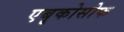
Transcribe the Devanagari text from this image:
एबृकोसोफ